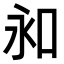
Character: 𠰦